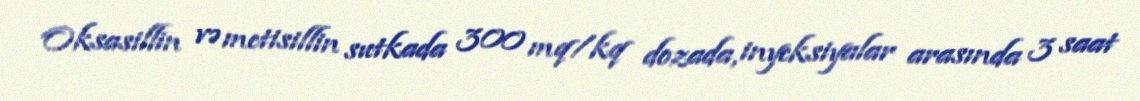
Oksasillin və metisillin sutkada 300 mq/kq dozada, inyeksiyalar arasında 3 saat